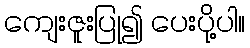
ကျေးဇူးပြု၍ ပေးပို့ပါ။